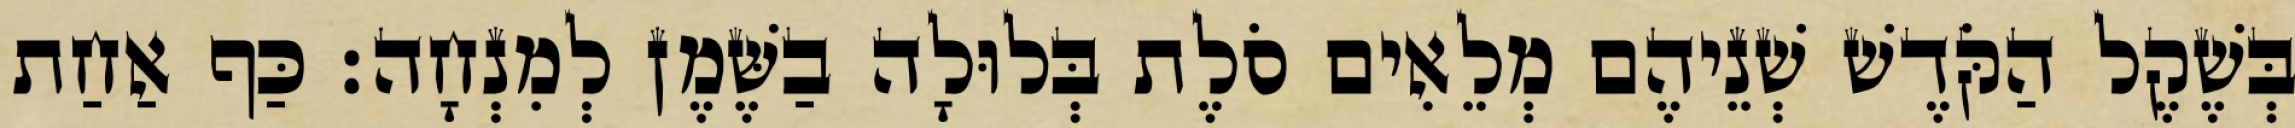
בְּשֶׁקֶל הַקֹּדֶשׁ שְׁנֵיהֶם מְלֵאִים סֹלֶת בְּלוּלָה בַשֶּׁמֶן לְמִנְחָה׃ כַּף אַחַת